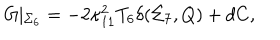
G \vert _ { \Sigma _ { 6 } } = - 2 \kappa _ { 1 1 } ^ { 2 } T _ { 6 } \delta ( \Sigma _ { 7 } , Q ) + d C ,